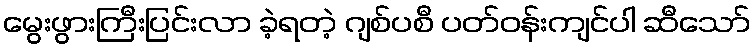
မွေးဖွားကြီးပြင်းလာ ခဲ့ရတဲ့ ဂျစ်ပစီ ပတ်ဝန်းကျင်ပါ ဆီသော်